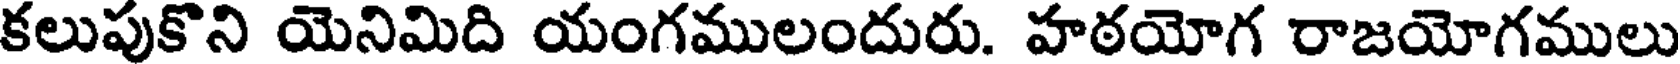
కలుపుకొని యెనిమిది యంగములందురు. హఠయోగ రాజయోగములు